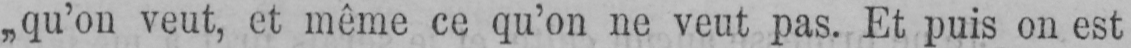
„qu’on veut, et même ce qu’on ne veut pas. Et puis on est